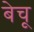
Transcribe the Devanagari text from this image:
बेचू